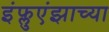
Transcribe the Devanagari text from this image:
इंफ्लुएंझाच्या